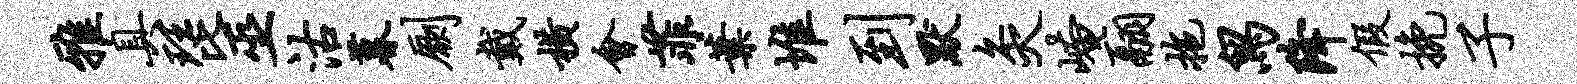
雅具琵巫沽暮劂戴横会菲叶堆到默灸崦翮拖舄降假挽子